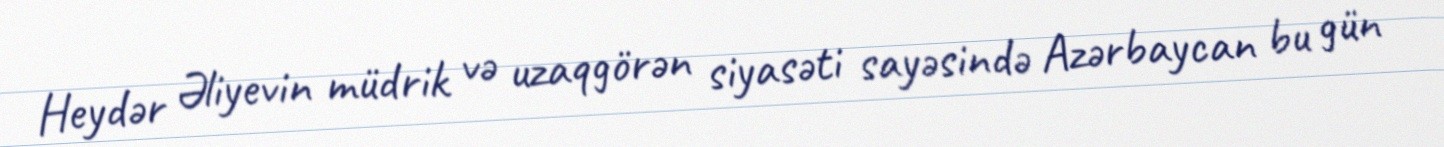
Heydər Əliyevin müdrik və uzaqgörən siyasəti sayəsində Azərbaycan bu gün